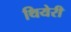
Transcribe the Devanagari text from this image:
थियेरी